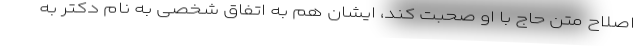
اصلاح متن حاج با او صحبت کند، ایشان هم به اتفاق شخصی به نام دکتر به